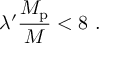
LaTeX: \lambda ^ { \prime } \frac { M _ { \mathrm { p } } } { M } < 8 \ .